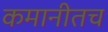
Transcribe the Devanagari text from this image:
कमानीतच